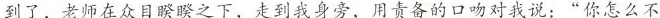
到了，老师在众目睽睽之下，走到我身旁，用责备的口吻对我说：”你怎么不